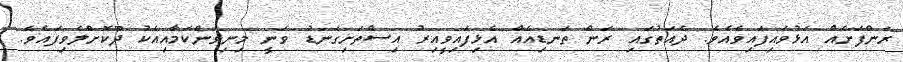
ރަންފަށެއް އަޅުވައިފައިވެއެވެ. ދެއަތުގައި ރަން ތަނޑިއެއް އެޅިފައިވީއިރު އިސްތަށިގަނޑު ވަނީ މިނިވަންކަމާއިއެކު ދޫކޮށްލެވިފައެވެ.